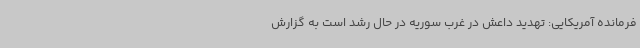
فرمانده آمریکایی: تهدید داعش در غرب سوریه در حال رشد است به گزارش